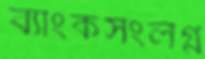
ব্যাংকসংলগ্ন